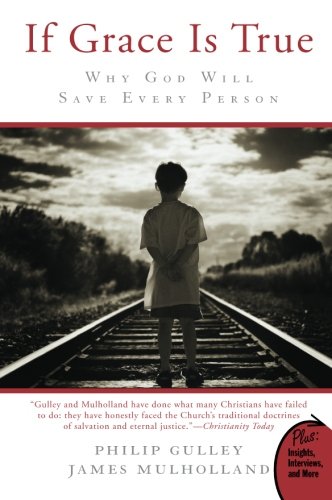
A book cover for If Grace Is True: Why God Will Save Every Person (Plus); Philip Gulley; Christian Books & Bibles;